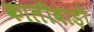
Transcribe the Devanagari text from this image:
कालीबाड़ी